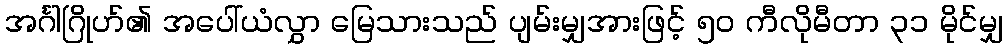
အင်္ဂါဂြိုဟ်၏ အပေါ်ယံလွှာ မြေသားသည် ပျမ်းမျှအားဖြင့် ၅၀ ကီလိုမီတာ ၃၁ မိုင်မျှ